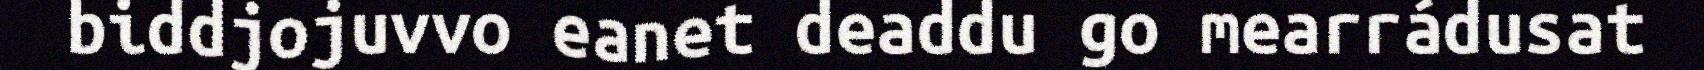
biddjojuvvo eanet deaddu go mearrádusat